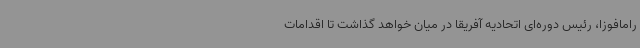
رامافوزا، رئیس دوره‌ای اتحادیه آفریقا در میان خواهد گذاشت تا اقدامات